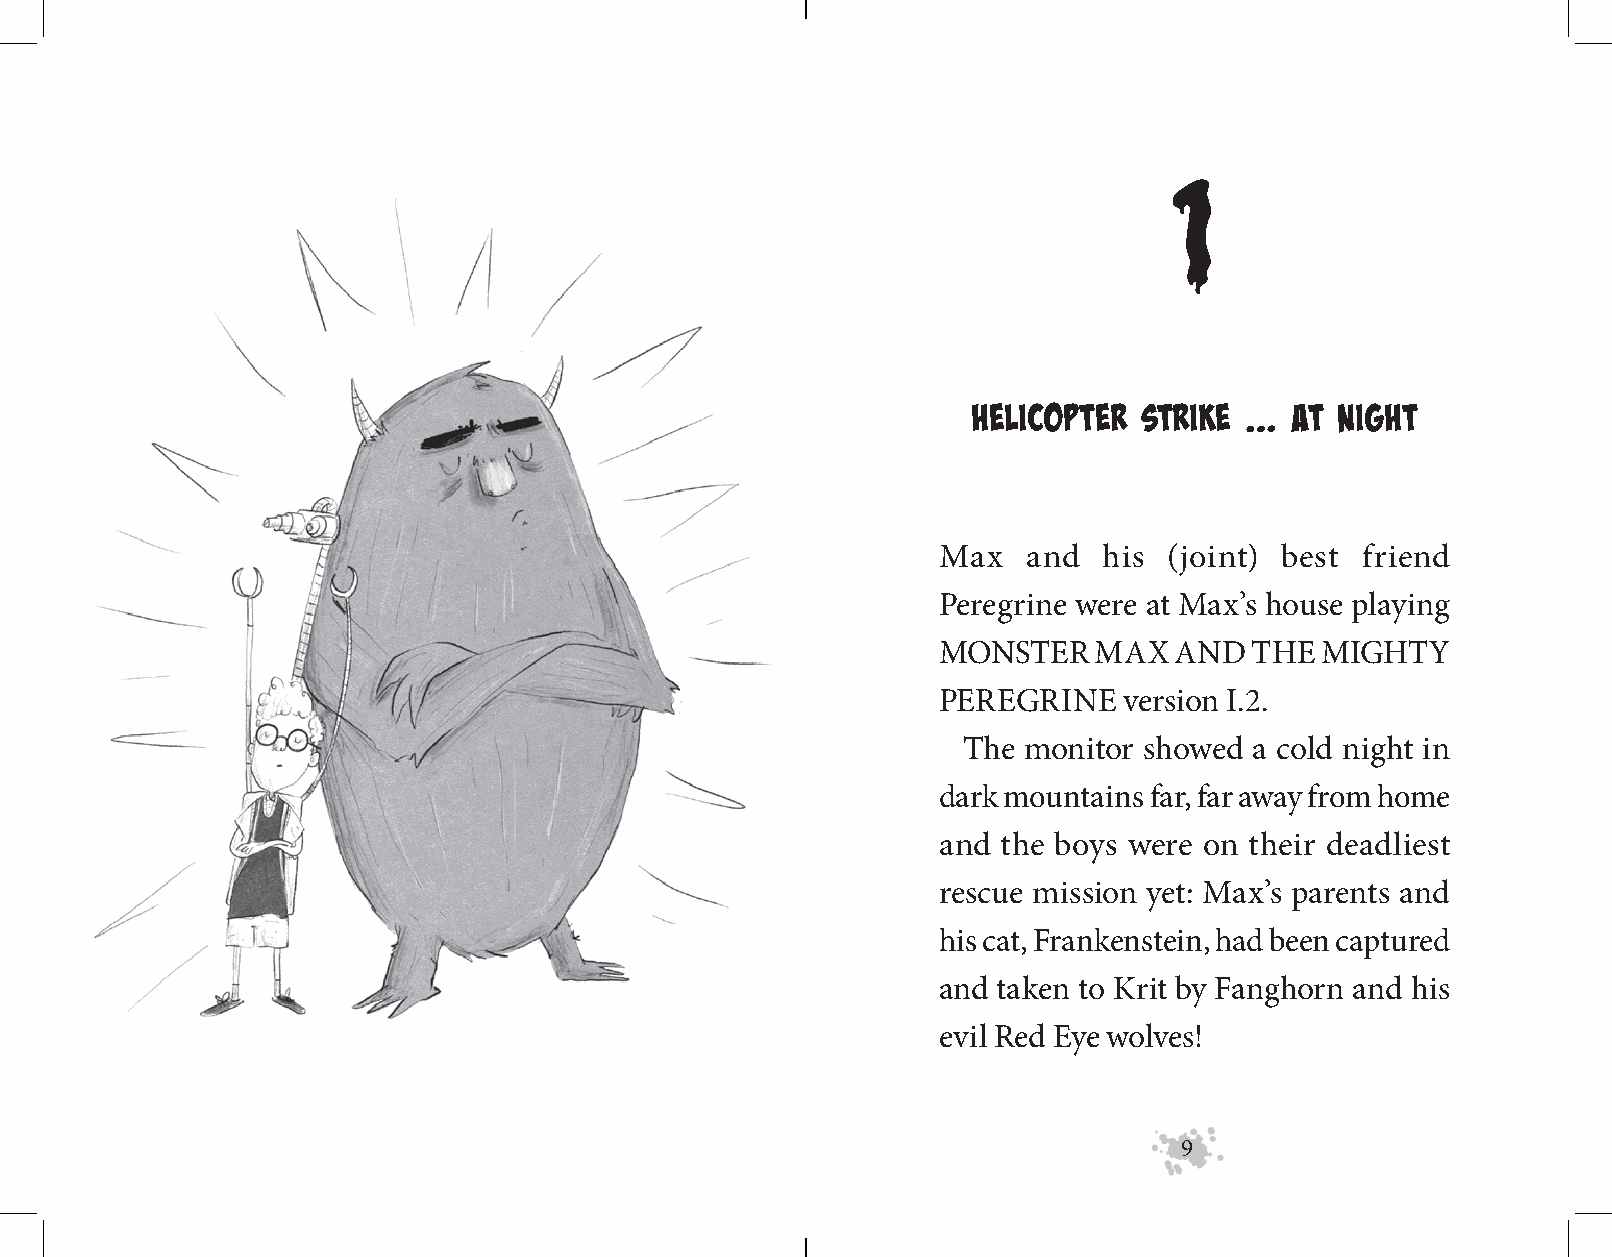
1
 Helicopter Strike …   at night
 Max   and  his (joint) best friend
 Peregrine were at Max’s house playing
 MONSTER   MAX   AND  THE MIGHTY
 PEREGRINE   version I.2.
 The monitor showed a cold night in
 dark mountains far, far away from home
 and the boys were on their deadliest
 rescue mission yet: Max’s parents and
 his cat, Frankenstein, had been captured
 and taken to Krit by Fanghorn and his
 evil Red Eye wolves!
 9